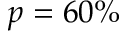
p = 6 0 \%